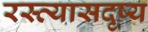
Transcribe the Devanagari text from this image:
रस्त्यासदृष्य